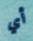
أي